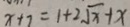
x + 7 = 1 + 2 \sqrt { x } + x